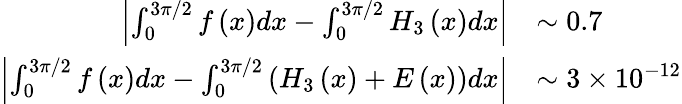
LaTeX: \begin{array}{rl}{\left\vert\int_{0}^{3\pi/2}f\left(x\right)dx-\int_{0}^{3\pi/2}H_{3}\left(x\right)dx\right\vert}&{\sim 0.7}\\ {\left\vert\int_{0}^{3\pi/2}f\left(x\right)dx-\int_{0}^{3\pi/2}\left(H_{3}\left(x\right)+E\left(x\right)\right)dx\right\vert}&{\sim 3\times 10^{-12}}\end{array}